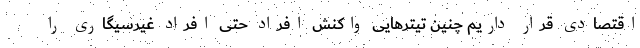
اقتصادی قرار داریم چنین تیترهایی واکنش افراد حتی افراد غیرسیگاری را